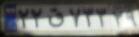
۲۲ق۷۳۳۲۹